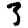
Digit: 3